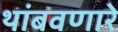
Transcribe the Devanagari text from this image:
थांबवणारे